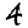
Digit: 4